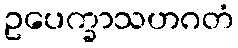
ဥပေက္ခာသဟဂတံ